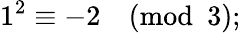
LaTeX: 1^{2}\equiv-2{\pmod{3}};